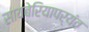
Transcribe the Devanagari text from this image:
सायबेरियापर्यंत